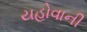
યહોવાની